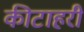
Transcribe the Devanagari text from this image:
कीटाहरी